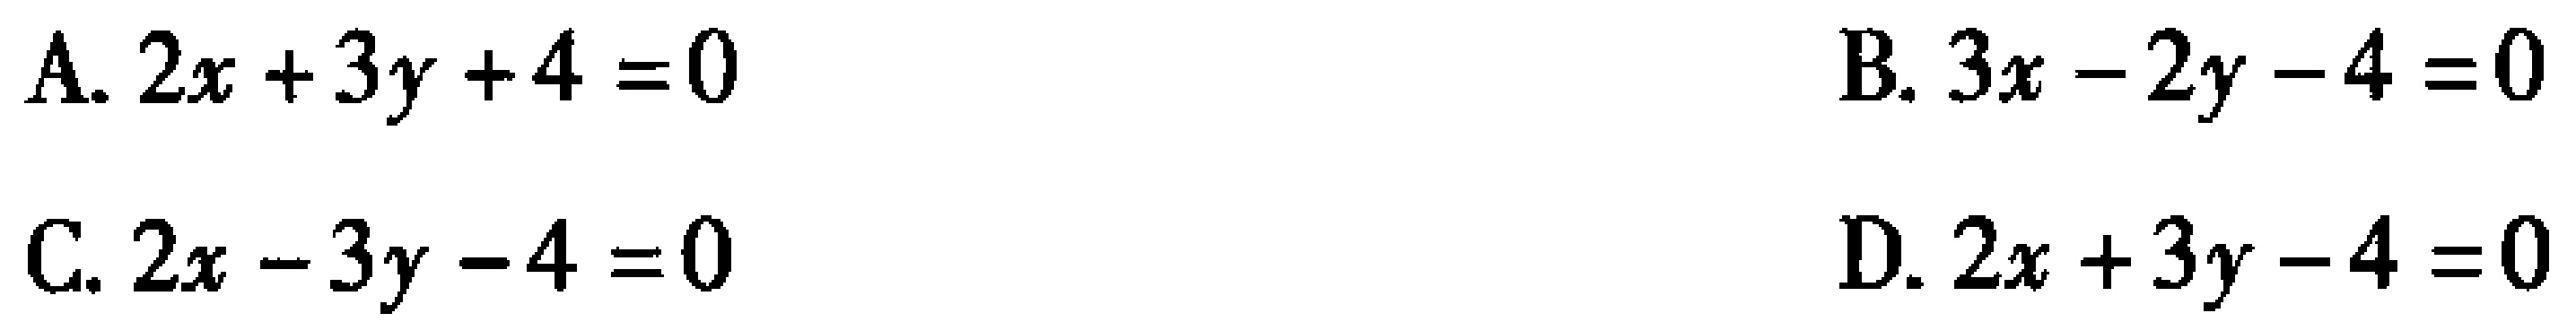
A. \(2x + 3y + 4 = 0\)
B. \(3x - 2y - 4 = 0\)
C. \(2x - 3y - 4 = 0\)
D. \(2x + 3y - 4 = 0\)